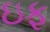
ઇફ